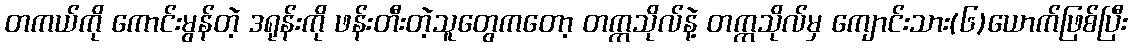
တကယ်ကို ကောင်းမွန်တဲ့ ဒရုန်းကို ဖန်းတီးတဲ့သူတွေကတော့ တက္ကသိုလ်နဲ့ တက္ကသိုလ်မှ ကျောင်းသား(၆)ယောက်ဖြစ်ပြီး